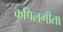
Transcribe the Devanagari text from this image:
कपिलगीता